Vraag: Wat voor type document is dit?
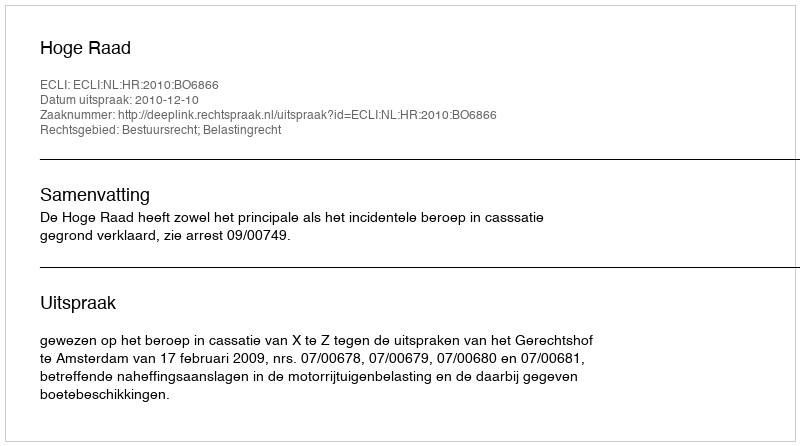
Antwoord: Uitspraak